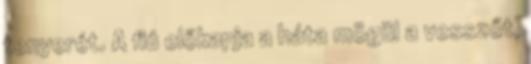
tenyerét. A fiú előkapja a háta mögül a vesszőt,